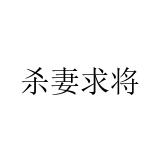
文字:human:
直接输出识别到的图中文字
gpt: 杀妻求将